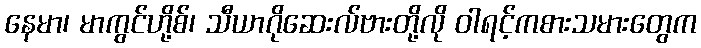
နေမာ၊ မာကွင်ဟို့စ်၊ သီယာဂိုဆေးလ်ဗားတို့လို ဝါရင့်ကစားသမားတွေက